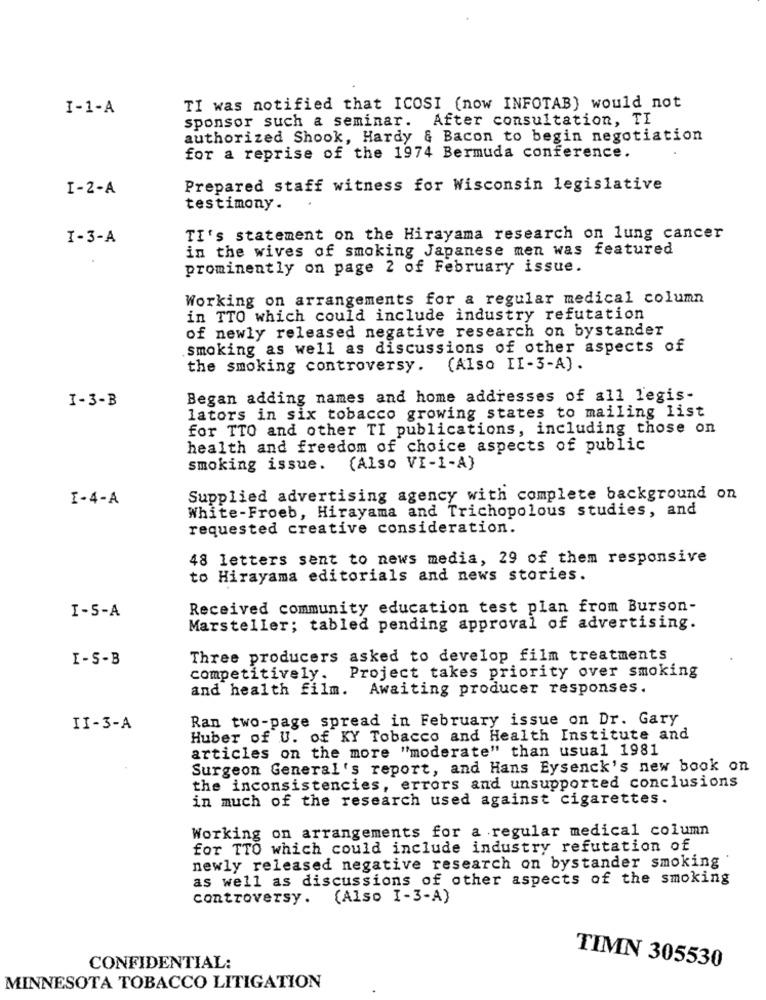
I-1-A
TI was notified that ICOSI (now INFOTAB) would not
sponsor such a seminar. After consultation, TI
authorized Shook, Hardy & Bacon to begin negotiation
for a reprise of the 1974 Bermuda conference.
I-2-A
Prepared staff witness for Wisconsin legislative
testimony.
I-3-A
TI's statement on the Hirayama research on lung cancer
in the wives of smoking Japanese men was featured
prominently on page 2 of February issue.
Working on arrangements for a regular medical column
in TTO which could include industry refutation
of newly released negative research on bystander
smoking as well as discussions of other aspects of
the smoking controversy. (Also II-3-A) .
I-3-B
Began adding names and home addresses of all legis-
lators in six tobacco growing states to mailing list
for TTO and other TI publications, including those on
health and freedom of choice aspects of public
smoking issue. (Also VI-1-A)
I-4-A
Supplied advertising agency with complete background on
White-Froeb, Hirayama and Trichopolous studies, and
requested creative consideration.
48 letters sent to news media, 29 of them responsive
to Hirayama editorials and news stories.
I-S-A
Received community education test plan from Burson-
Marsteller; tabled pending approval of advertising.
I-S-B
Three producers asked to develop film treatments
competitively.
Project takes priority over smoking
and health film. Awaiting producer responses.
Ran two-page spread in February issue on Dr. Gary
II-3-A
Huber of U. of KY Tobacco and Health Institute and
articles on the more "moderate" than usual 1981
Surgeon General's report, and Hans Eysenck's new book on
the inconsistencies, errors and unsupported conclusions
in much of the research used against cigarettes.
Working on arrangements for a regular medical column
for TTO which could include industry refutation of
newly released negative research on bystander smoking
as well as discussions of other aspects of the smoking
controversy. (Also I-3-A)
CONFIDENTIAL:
TIMN 305530
MINNESOTA TOBACCO LITIGATION